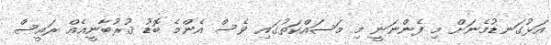
އަޅުގަނޑުމެނަށް މި ފެންނަނީ މި މަސައްކަތުގައި ވެސް އެންމެ ބޮޑު ޤުރުބާނީއެއް ރައީސް